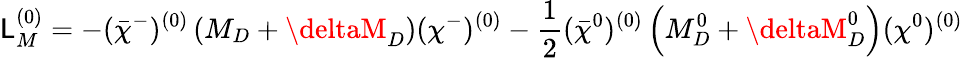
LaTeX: {\cal\mathsf{L}}_{M}^{(0)}=-(\bar{{\chi}}^{-})^{(0)}\left(M_{D}+\deltaM_{D}\right)(\chi^{-})^{(0)}-\frac{{1}}{{2}}(\bar{{\chi}}^{0})^{(0)}\left(M_{D}^{0}+\deltaM_{D}^{0}\right)(\chi^{0})^{(0)}